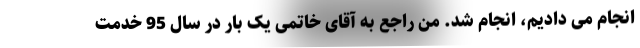
انجام می دادیم، انجام شد. من راجع به آقای خاتمی یک بار در سال 95 خدمت